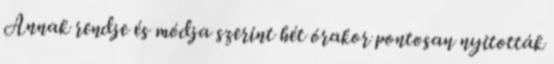
Annak rendje és módja szerint hét órakor pontosan nyitották